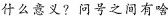
什么意义?问号之间有啥